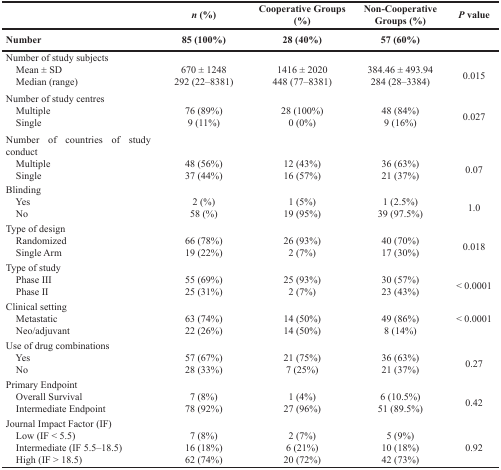
<table><thead><tr><td></td><td><b><i>n</i> (%)</b></td><td><b>Cooperative Groups (%)</b></td><td><b>Non-Cooperative Groups (%)</b></td><td><b><i>P</i> value</b></td></tr><tr><td><b>Number</b></td><td><b>85 (100%)</b></td><td><b>28 (40%)</b></td><td><b>57 (60%)</b></td><td></td></tr></thead><tbody><tr><td>Number of study subjects</td><td></td><td></td><td></td><td rowspan="3">0.015</td></tr><tr><td> Mean ± SD</td><td>670 ± 1248</td><td>1416 ± 2020</td><td>384.46 ± 493.94</td></tr><tr><td> Median (range)</td><td>292 (22–8381)</td><td>448 (77–8381)</td><td>284 (28–3384)</td></tr><tr><td>Number of study centres</td><td></td><td></td><td></td><td rowspan="3">0.027</td></tr><tr><td> Multiple</td><td>76 (89%)</td><td>28 (100%)</td><td>48 (84%)</td></tr><tr><td> Single</td><td>9 (11%)</td><td>0 (0%)</td><td>9 (16%)</td></tr><tr><td>Number of countries of study conduct</td><td></td><td></td><td></td><td rowspan="3">0.07</td></tr><tr><td> Multiple</td><td>48 (56%)</td><td>12 (43%)</td><td>36 (63%)</td></tr><tr><td> Single</td><td>37 (44%)</td><td>16 (57%)</td><td>21 (37%)</td></tr><tr><td>Blinding</td><td></td><td></td><td></td><td rowspan="3">1.0</td></tr><tr><td> Yes</td><td>2 (%)</td><td>1 (5%)</td><td>1 (2.5%)</td></tr><tr><td> No</td><td>58 (%)</td><td>19 (95%)</td><td>39 (97.5%)</td></tr><tr><td>Type of design</td><td></td><td></td><td></td><td rowspan="3">0.018</td></tr><tr><td> Randomized</td><td>66 (78%)</td><td>26 (93%)</td><td>40 (70%)</td></tr><tr><td> Single Arm</td><td>19 (22%)</td><td>2 (7%)</td><td>17 (30%)</td></tr><tr><td>Type of study</td><td></td><td></td><td></td><td rowspan="3">&lt; 0.0001</td></tr><tr><td> Phase III</td><td>55 (69%)</td><td>25 (93%)</td><td>30 (57%)</td></tr><tr><td> Phase II</td><td>25 (31%)</td><td>2 (7%)</td><td>23 (43%)</td></tr><tr><td>Clinical setting</td><td></td><td></td><td></td><td rowspan="3">&lt; 0.0001</td></tr><tr><td> Metastatic</td><td>63 (74%)</td><td>14 (50%)</td><td>49 (86%)</td></tr><tr><td> Neo/adjuvant</td><td>22 (26%)</td><td>14 (50%)</td><td>8 (14%)</td></tr><tr><td>Use of drug combinations</td><td></td><td></td><td></td><td rowspan="3">0.27</td></tr><tr><td> Yes</td><td>57 (67%)</td><td>21 (75%)</td><td>36 (63%)</td></tr><tr><td> No</td><td>28 (33%)</td><td>7 (25%)</td><td>21 (37%)</td></tr><tr><td>Primary Endpoint</td><td></td><td></td><td></td><td rowspan="3">0.42</td></tr><tr><td> Overall Survival</td><td>7 (8%)</td><td>1 (4%)</td><td>6 (10.5%)</td></tr><tr><td> Intermediate Endpoint</td><td>78 (92%)</td><td>27 (96%)</td><td>51 (89.5%)</td></tr><tr><td>Journal Impact Factor (IF)</td><td></td><td></td><td></td><td rowspan="4">0.92</td></tr><tr><td> Low (IF &lt; 5.5)</td><td>7 (8%)</td><td>2 (7%)</td><td>5 (9%)</td></tr><tr><td> Intermediate (IF 5.5–18.5)</td><td>16 (18%)</td><td>6 (21%)</td><td>10 (18%)</td></tr><tr><td> High (IF &gt; 18.5)</td><td>62 (74%)</td><td>20 (72%)</td><td>42 (73%)</td></tr></tbody></table>